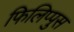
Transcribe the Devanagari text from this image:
फिलिप्पुस